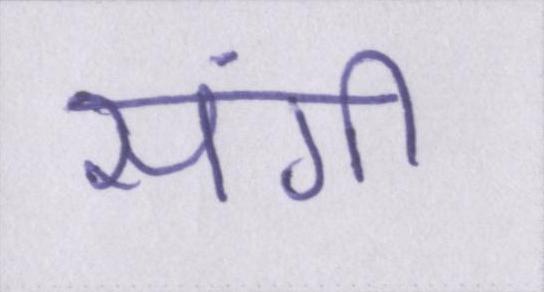
संगी